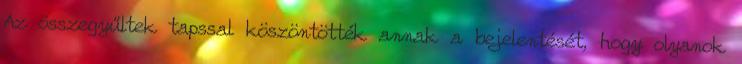
Az összegyűltek tapssal köszöntötték annak a bejelentését, hogy olyanok